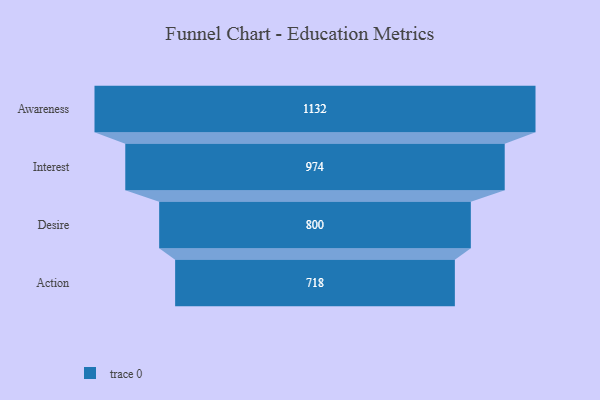
{"axis": {"x": "Stage", "y": "Value"}, "legend": [""], "data": [{"x": "Awareness", "y": 1132.0, "type": ""}, {"x": "Interest", "y": 974.0, "type": ""}, {"x": "Desire", "y": 800.0, "type": ""}, {"x": "Action", "y": 718.0, "type": ""}]}